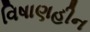
વિષાણહીન